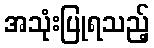
အသုံးပြုရသည့်